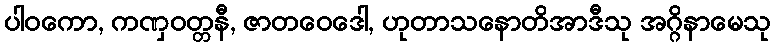
ပါဝကော, ကဏှဝတ္တနီ, ဇာတဝေဒေါ, ဟုတာသနောတိအာဒီသု အဂ္ဂိနာမေသု